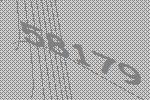
58179